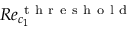
R e _ { c _ { 1 } } ^ { \mathrm { ~ t ~ h ~ r ~ e ~ s ~ h ~ o ~ l ~ d ~ } }